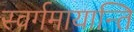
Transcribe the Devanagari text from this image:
स्वर्गमायान्ति